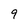
Character: 9